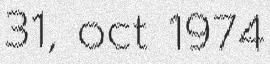
31, oct 1974